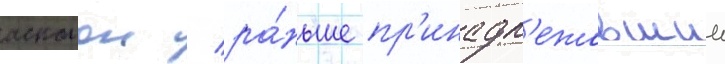
аскалон / ра́ньше пр'инадл'ежавшии